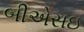
બીએસઇ